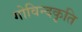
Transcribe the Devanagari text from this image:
गोविन्दकृति